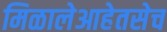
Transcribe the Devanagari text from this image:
मिळालेआहेतसेच